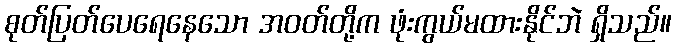
စုတ်ပြတ်ပေရေနေသော အဝတ်တို့က ဖုံးကွယ်မထားနိုင်ဘဲ ရှိသည်။